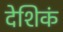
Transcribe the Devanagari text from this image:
देशिकं